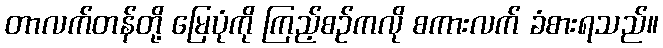
တာလက်တန်တို့ မြေပုံကို ကြည့်စဉ်ကလို စကားလက် ခံစားရသည်။